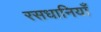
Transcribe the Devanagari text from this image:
रसधानियाँ